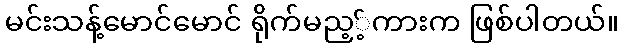
မင်းသန့်မောင်မောင် ရိုက်မည့့်ကားက ဖြစ်ပါတယ်။